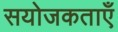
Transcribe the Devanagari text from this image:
सयोजकताएँ